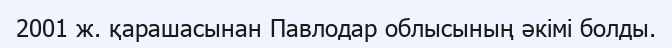
2001 ж. қарашасынан Павлодар облысының әкімі болды.